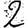
Digit: 2